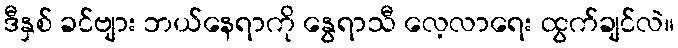
ဒီနှစ် ခင်ဗျား ဘယ်နေရာကို နွေရာသီ လေ့လာရေး ထွက်ချင်လဲ။